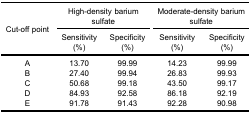
| <ROWSPAN=3> Cut-off point | <COLSPAN=2> High-density barium sulfate | <COLSPAN=2> Moderate-density barium sulfate |
 | Sensitivity (%) | Specificity (%) | Sensitivity (%) | Specificity (%) |
 | --- | --- | --- | --- | --- |
 | A | 13.70 | 99.99 | 14.23 | 99.99 |
 | B | 27.40 | 99.94 | 26.83 | 99.93 |
 | C | 50.68 | 99.18 | 43.50 | 99.17 |
 | D | 84.93 | 92.58 | 86.18 | 92.19 |
 | E | 91.78 | 91.43 | 92.28 | 90.98 |